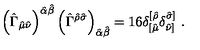
\left( \hat { \Gamma } _ { \hat { \mu } \hat { \nu } } \right) ^ { \hat { \alpha } \hat { \beta } } \left( \hat { \Gamma } ^ { \hat { \rho } \hat { \sigma } } \right) _ { \hat { \alpha } \hat { \beta } } = 1 6 \delta _ { [ \hat { \mu } } ^ { [ \hat { \rho } } \delta _ { \hat { \nu } ] } ^ { \hat { \sigma } ] } \ .